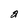
Character: 2